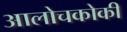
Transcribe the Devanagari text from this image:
आलोचकोकी